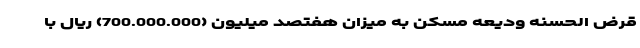
قرض الحسنه ودیعه مسکن به میزان هفتصد میلیون (700.000.000) ریال با